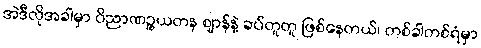
အဲဒီလိုအခါမှာ ဝိညာဏဉ္စယတန ဈာန်နဲ့ ခပ်တူတူ ဖြစ်နေတယ်၊ တစ်ခါတစ်ရံမှာ